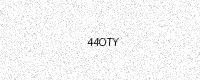
Text: 44OTY